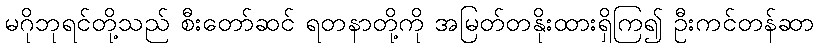
မဂိုဘုရင်တို့သည် စီးတော်ဆင် ရတနာတို့ကို အမြတ်တနိုးထားရှိကြ၍ ဦးကင်တန်ဆာ